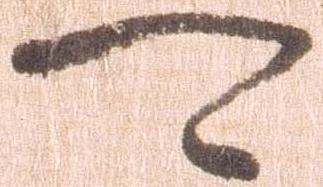
可